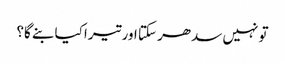
تو نہیں سدھر سکتا اور تیرا کیا بنے گا؟